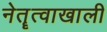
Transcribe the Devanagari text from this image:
नेतॄत्वाखाली